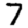
Digit: 7